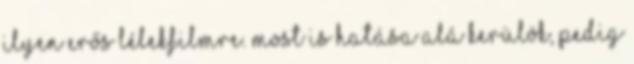
ilyen erős lélekfilmre. Most is hatása alá kerülök, pedig